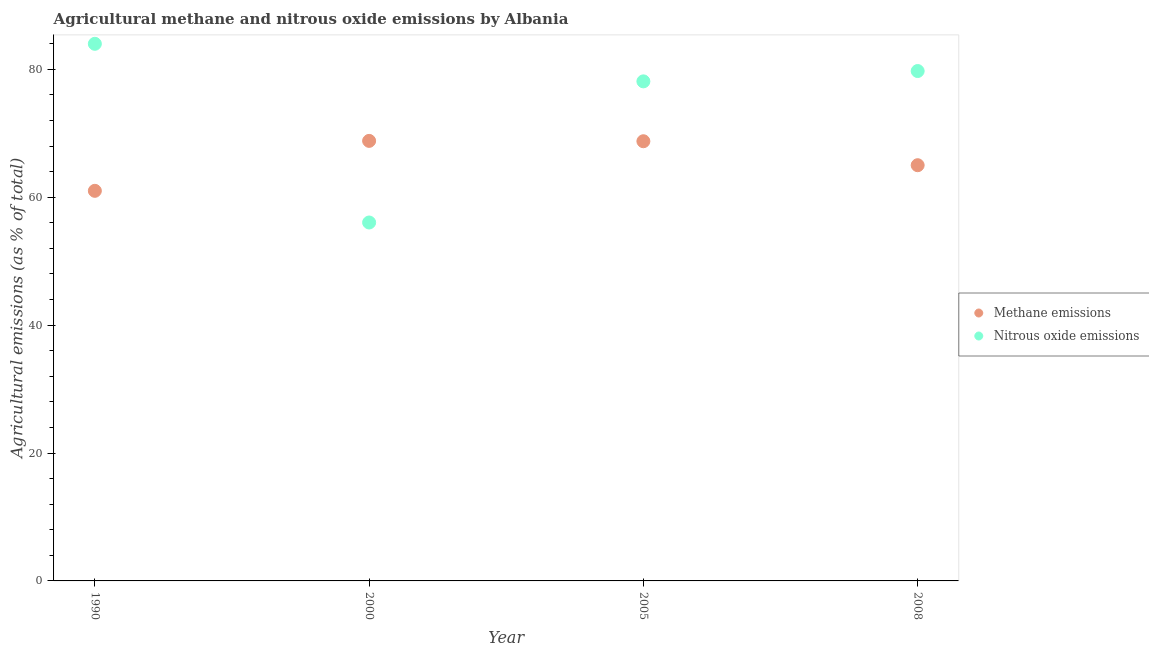
| Year | Methane emissions | Nitrous oxide emissions |
 | --- | --- | --- |
 | 1990 | 61 | 84 |
 | 2000 | 68.8 | 56 |
 | 2005 | 68.7 | 78.1 |
 | 2008 | 65 | 79.7 |